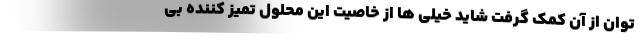
توان از آن کمک گرفت شاید خیلی ها از خاصیت این محلول تمیز کننده بی